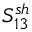
S _ { 1 3 } ^ { s h }